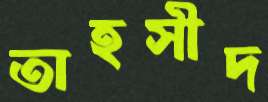
তাহসীদ